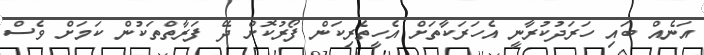
އަނެއް ބައި ހަރަދުކުރާނީ އެހަރަކާތަށް އެހީތެރިކަން ފޯރުކޮށް ދޭ ފަރާތްތަކުން ކަމަށް ވެސް